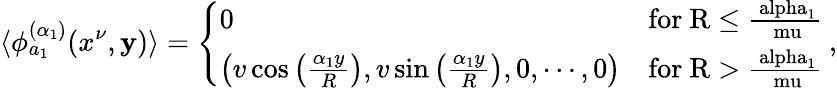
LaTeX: \langle\phi_{a_{1}}^{(\alpha_{1})}(x^{\nu},\mathbf{y})\rangle=\left\{ \begin{array}{lr}{{0}}&{{\mathrm{for~R\leq\frac{\ alpha_{1}}{\ mu}~}}}\\ {{\left(v\cos\left(\frac{\alpha_{1}y}{R}\right),v\sin\left(\frac{\alpha_{1}y}{R}\right),0,\cdots,0\right)}}&{{\mathrm{for~R>\frac{\ alpha_{1}}{\ mu}~}}}\end{array}\right.,